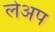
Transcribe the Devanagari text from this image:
लेअप